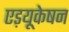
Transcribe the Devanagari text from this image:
एड़यूकेषन